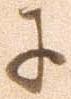
に